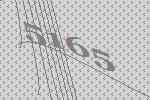
5165